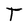
Character: T